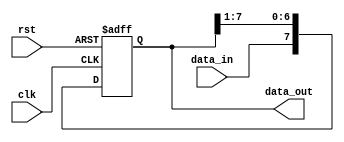
module serial_in_parallel_out_reg(
    input clk,
    input rst,
    input data_in,
    output reg [7:0] data_out
);

reg [7:0] shift_reg;

always @(posedge clk or posedge rst) begin
    if (rst) begin
        shift_reg <= 8'b0;
    end else begin
        shift_reg <= {data_in, shift_reg[7:1]};
    end
end

assign data_out = shift_reg;

endmodule